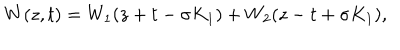
W ( z , t ) = W _ { 1 } ( z + t - \sigma K _ { 1 } ) + W _ { 2 } ( z - t + \sigma K _ { 1 } ) ,